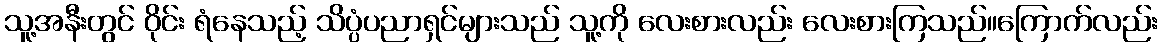
သူ့အနီးတွင် ဝိုင်း ရံနေသည့် သိပ္ပံပညာရှင်များသည် သူ့ကို လေးစားလည်း လေးစားကြသည်။ကြောက်လည်း